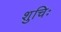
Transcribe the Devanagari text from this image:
शुचिः